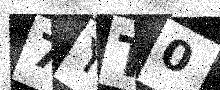
Text: 7YT0